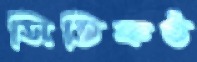
সিতিকণ্ঠ